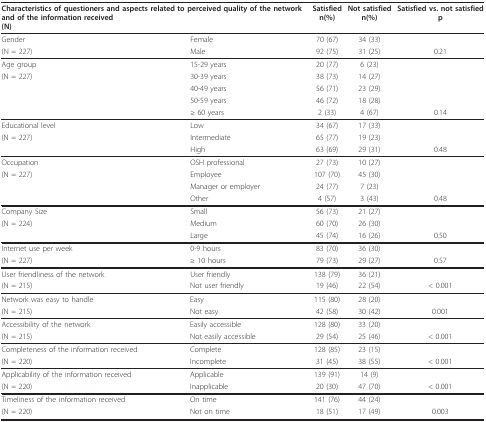
<table><thead><tr><td colspan="2"><b>Characteristics of questioners and aspects related to perceived quality of the network and of the information received(N)</b></td><td><b>Satisfiedn(%)</b></td><td><b>Not satisfiedn(%)</b></td><td><b>Satisfied vs. not satisfiedp</b></td></tr></thead><tbody><tr><td>Gender</td><td>Female</td><td>70 (67)</td><td>34 (33)</td><td>[EMPTY_CELL]</td></tr><tr><td>(N = 227)</td><td>Male</td><td>92 (75)</td><td>31 (25)</td><td>0.21</td></tr><tr><td>Age group</td><td>15-29 years</td><td>20 (77)</td><td>6 (23)</td><td>[EMPTY_CELL]</td></tr><tr><td>(N = 227)</td><td>30-39 years</td><td>38 (73)</td><td>14 (27)</td><td>[EMPTY_CELL]</td></tr><tr><td>[EMPTY_CELL]</td><td>40-49 years</td><td>56 (71)</td><td>23 (29)</td><td>[EMPTY_CELL]</td></tr><tr><td>[EMPTY_CELL]</td><td>50-59 years</td><td>46 (72)</td><td>18 (28)</td><td>[EMPTY_CELL]</td></tr><tr><td>[EMPTY_CELL]</td><td>≥ 60 years</td><td>2 (33)</td><td>4 (67)</td><td>0.14</td></tr><tr><td>Educational level</td><td>Low</td><td>34 (67)</td><td>17 (33)</td><td>[EMPTY_CELL]</td></tr><tr><td>(N = 227)</td><td>Intermediate</td><td>65 (77)</td><td>19 (23)</td><td>[EMPTY_CELL]</td></tr><tr><td>[EMPTY_CELL]</td><td>High</td><td>63 (69)</td><td>29 (31)</td><td>0.48</td></tr><tr><td>Occupation</td><td>OSH professional</td><td>27 (73)</td><td>10 (27)</td><td>[EMPTY_CELL]</td></tr><tr><td>(N = 227)</td><td>Employee</td><td>107 (70)</td><td>45 (30)</td><td>[EMPTY_CELL]</td></tr><tr><td>[EMPTY_CELL]</td><td>Manager or employer</td><td>24 (77)</td><td>7 (23)</td><td>[EMPTY_CELL]</td></tr><tr><td>[EMPTY_CELL]</td><td>Other</td><td>4 (57)</td><td>3 (43)</td><td>0.48</td></tr><tr><td>Company Size</td><td>Small</td><td>56 (73)</td><td>21 (27)</td><td>[EMPTY_CELL]</td></tr><tr><td>(N = 224)</td><td>Medium</td><td>60 (70)</td><td>26 (30)</td><td>[EMPTY_CELL]</td></tr><tr><td>[EMPTY_CELL]</td><td>Large</td><td>45 (74)</td><td>16 (26)</td><td>0.50</td></tr><tr><td>Internet use per week</td><td>0-9 hours</td><td>83 (70)</td><td>36 (30)</td><td>[EMPTY_CELL]</td></tr><tr><td>(N = 227)</td><td>≥ 10 hours</td><td>79 (73)</td><td>29 (27)</td><td>0.57</td></tr><tr><td>User friendliness of the network</td><td>User friendly</td><td>138 (79)</td><td>36 (21)</td><td>[EMPTY_CELL]</td></tr><tr><td>(N = 215)</td><td>Not user friendly</td><td>19 (46)</td><td>22 (54)</td><td>&lt; 0.001</td></tr><tr><td>Network was easy to handle</td><td>Easy</td><td>115 (80)</td><td>28 (20)</td><td>[EMPTY_CELL]</td></tr><tr><td>(N = 215)</td><td>Not easy</td><td>42 (58)</td><td>30 (42)</td><td>0.001</td></tr><tr><td>Accessibility of the network</td><td>Easily accessible</td><td>128 (80)</td><td>33 (20)</td><td>[EMPTY_CELL]</td></tr><tr><td>(N = 215)</td><td>Not easily accessible</td><td>29 (54)</td><td>25 (46)</td><td>&lt; 0.001</td></tr><tr><td>Completeness of the information received</td><td>Complete</td><td>128 (85)</td><td>23 (15)</td><td>[EMPTY_CELL]</td></tr><tr><td>(N = 220)</td><td>Incomplete</td><td>31 (45)</td><td>38 (55)</td><td>&lt; 0.001</td></tr><tr><td>Applicability of the information received</td><td>Applicable</td><td>139 (91)</td><td>14 (9)</td><td>[EMPTY_CELL]</td></tr><tr><td>(N = 220)</td><td>Inapplicable</td><td>20 (30)</td><td>47 (70)</td><td>&lt; 0.001</td></tr><tr><td>Timeliness of the information received</td><td>On time</td><td>141 (76)</td><td>44 (24)</td><td>[EMPTY_CELL]</td></tr><tr><td>(N = 220)</td><td>Not on time</td><td>18 (51)</td><td>17 (49)</td><td>0.003</td></tr></tbody></table>